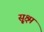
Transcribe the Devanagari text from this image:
सू्क्ष्म